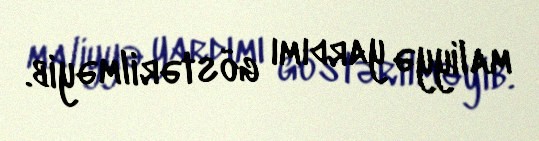
maliyyə yardımı göstərilməyib.